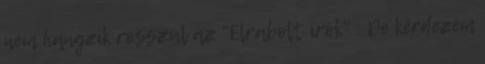
nem hangzik rosszul az "Elrabolt írók" : De kérdezem